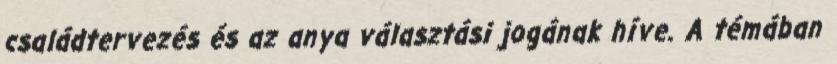
családtervezés és az anya választási jogának híve. A témában